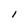
Character: l